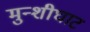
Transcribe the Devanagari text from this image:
मुन्शीघाट